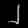
Digit: ၂